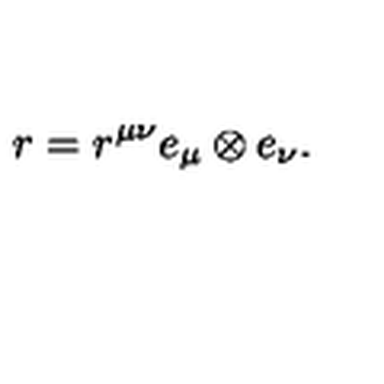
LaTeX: r = r ^ { \mu \nu } e _ { \mu } \otimes e _ { \nu } .